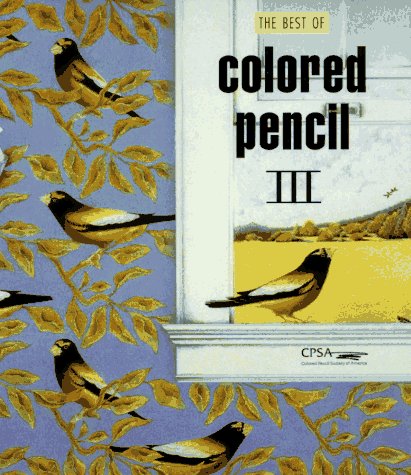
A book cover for Best of Colored Pencil; Arts & Photography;